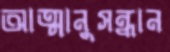
আত্মানুসন্ধান